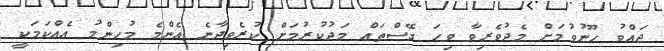
ޖައްވު ހޫނުވުމަށް މެދުވެރިވާ ވިހަ ގޭސްތައް މަދުކުރުމަށް ކުރެވިދާނެ އެންމެ މުހިންމު އެއްކަމަކީ